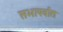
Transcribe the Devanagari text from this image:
सभापर्वात